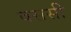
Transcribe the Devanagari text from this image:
वससी